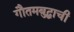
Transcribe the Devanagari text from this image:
गौतमबुद्धाची